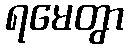
ရမေတွာ